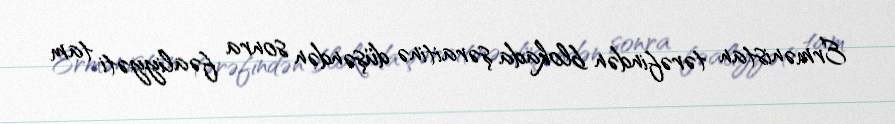
Ermənistan tərəfindən blokada şəraitinə düşəndən sonra fəaliyyəti tam